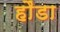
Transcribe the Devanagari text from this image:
हौंडा